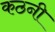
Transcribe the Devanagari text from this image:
कठनी